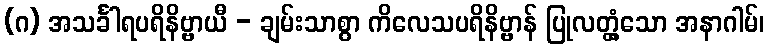
(ဂ) အသင်္ခါရပရိနိဗ္ဗာယီ - ချမ်းသာစွာ ကိလေသပရိနိဗ္ဗာန် ပြုလတ္တံ့သော အနာဂါမ်၊